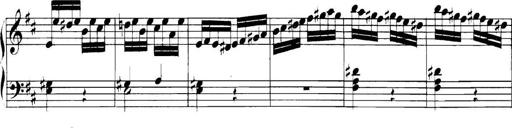
Title: Collected Piano Sonatas
Composer: Muzio Clementi